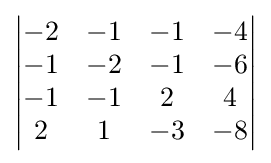
{\begin{vmatrix}-2&-1&-1&-4\\-1&-2&-1&-6\\-1&-1&2&4\\2&1&-3&-8\end{vmatrix}}